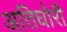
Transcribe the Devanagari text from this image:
अतिघोरी